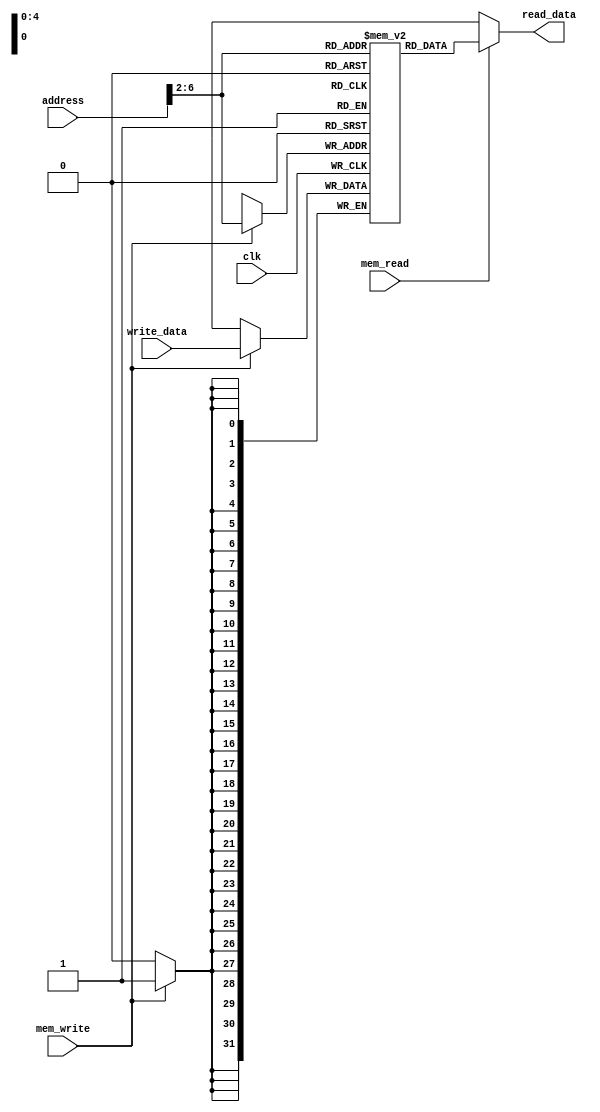
module data_mem(read_data, write_data, address, mem_write, mem_read, clk);
    parameter size = 32;
    parameter addr_size = 32;
    parameter mem_size = 32;
    input clk;
    output [size-1:0] read_data;
    input [size-1:0] write_data;
    input [addr_size-1:0] address;
    input mem_read, mem_write;
    
    reg [size-1:0] mem[0:mem_size-1];
    
    integer i;

    initial begin
        i=0;
        for (i=0; i<mem_size; i=i+1) begin
            mem[i]=0;
        end
    end
    always @(negedge clk) begin
    //always @(posedge clk) begin
    //always @(address or mem_read or mem_write or write_data) begin
        if (mem_write) begin
            mem[address>>2]=write_data;
        end
        //$display("mem: write: %h read: %h", write_data, read_data);
        //$display("mem: %h: %h", address/4, mem[address/4]);
    end
    
    assign read_data = (mem_read == 1'b1) ? mem[address>>2] : 32'bx;
endmodule